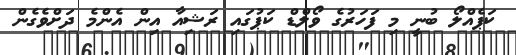
ކަޕެއްލޯ ބުނީ މި ފަހަރުގެ ވޯލްޑް ކަޕުގައި ރަޝިއާ އިން އެންމެ ދަށްވެގެން